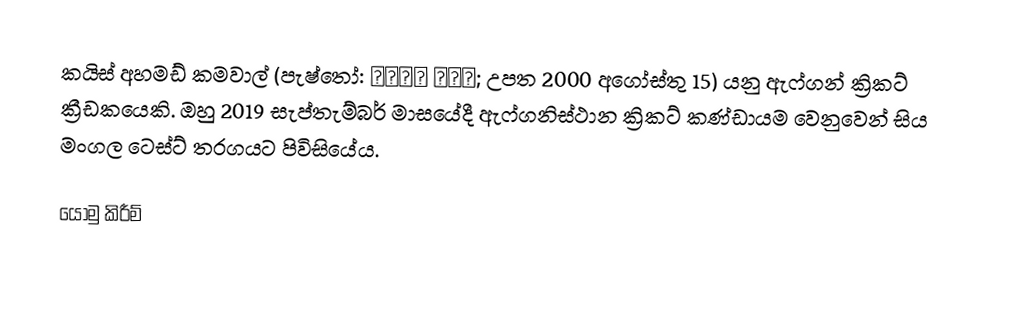
කයිස් අහමඩ් කමවාල් (පැෂ්තෝ: قیص احمد; උපත 2000 අගෝස්තු 15) යනු ඇෆ්ගන් ක්‍රිකට් ක්‍රීඩකයෙකි. ඔහු 2019 සැප්තැම්බර් මාසයේදී ඇෆ්ගනිස්ථාන ක්‍රිකට් කණ්ඩායම වෙනුවෙන් සිය මංගල ටෙස්ට් තරගයට පිවිසියේය.

යොමු කිරීම්